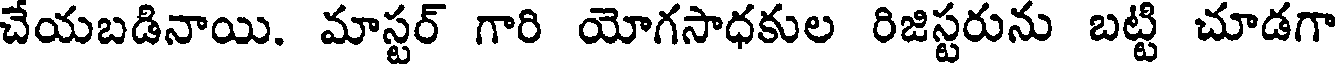
చేయబడినాయి. మాస్టర్ గారి యోగసాధకుల రిజిస్టరును బట్టి చూడగా